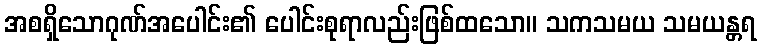
အစရှိသောဂုဏ်အပေါင်း၏ ပေါင်းစုရာလည်းဖြစ်ထသော။ သကသမယ သမယန္တရ